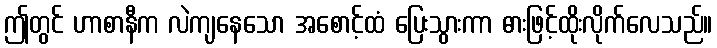
ဤတွင် ဟာစာနီက လဲကျနေသော အစောင့်ထံ ပြေးသွားကာ ဓားဖြင့်ထိုးလိုက်လေသည်။